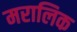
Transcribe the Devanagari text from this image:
मरालिक